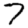
Digit: 7